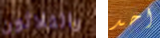
والثلاثون احد